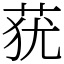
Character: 莸